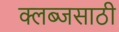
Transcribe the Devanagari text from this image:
क्लब्जसाठी